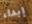
إبداء